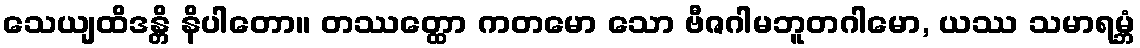
သေယျထိဒန္တိ နိပါတော။ တဿတ္ထော ကတမော သော ဗီဇဂါမဘူတဂါမော, ယဿ သမာရမ္ဘံ